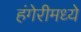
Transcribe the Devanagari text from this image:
हंगेरीमध्ये